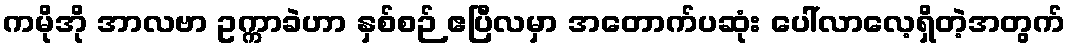
ကမိုအို အာလဗာ ဥက္ကာခဲဟာ နှစ်စဉ် ဧပြီလမှာ အတောက်ပဆုံး ပေါ်လာလေ့ရှိတဲ့အတွက်